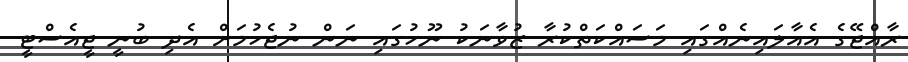
ރާއްޖޭގެ އެއާލައިނެއްގައި މަސައްކަތްކުރާ ޒުވާނަކު ނޫހުގައި ނަން ނުޖެހުމަށް އެދި ބުނީ ޖީއެސްޓީ